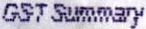
GST SUMMARY